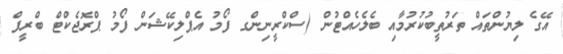
އޭގެ ލިޔުންތައް ތަރުތީބުކުރުމާއި ބެލެހެއްޓުން (ސްކްރީނިންގ ފޯމު އެޕްލިކޭޝަން ފޯމު ޕްރޮޖެކްޓް ބްރީފް